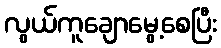
လွယ်ကူချောမွေ့စေပြီး